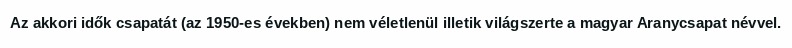
Az akkori idők csapatát (az 1950-es években) nem véletlenül illetik világszerte a magyar Aranycsapat névvel.